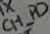
Text: CH_PD